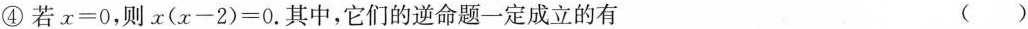
④若$$x = 0$$，则$$x ( x - 2 ) = 0$$.其中，它们的逆命题一定成立的有 ()